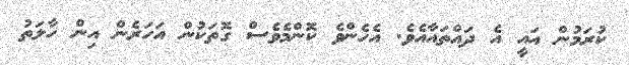
ކުރަމުން އައީ އެ ދައްތައާއެވެ. އެހެންވެ ކޮންމެވެސް ގޮތަކުން އަހަރެން އިން ހާލަތު